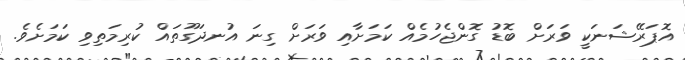
އޮޕަރޭޝަނަކީ ވަރަށް ބޮޑު ގޮންޖެހުމެއް ކަމަށާއި ވަރަށް ގިނަ އުނދަގޫތައް ކުރިމަތިވި ކަމަށެވެ.